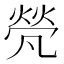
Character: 𠙦